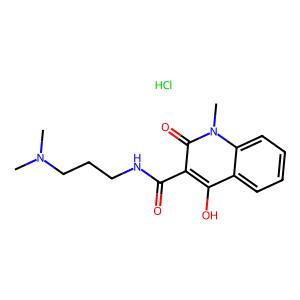
SMILES: CN(C)CCCNC(=O)c1c(O)c2ccccc2n(C)c1=O.Cl
Inhibits HIV replication: No